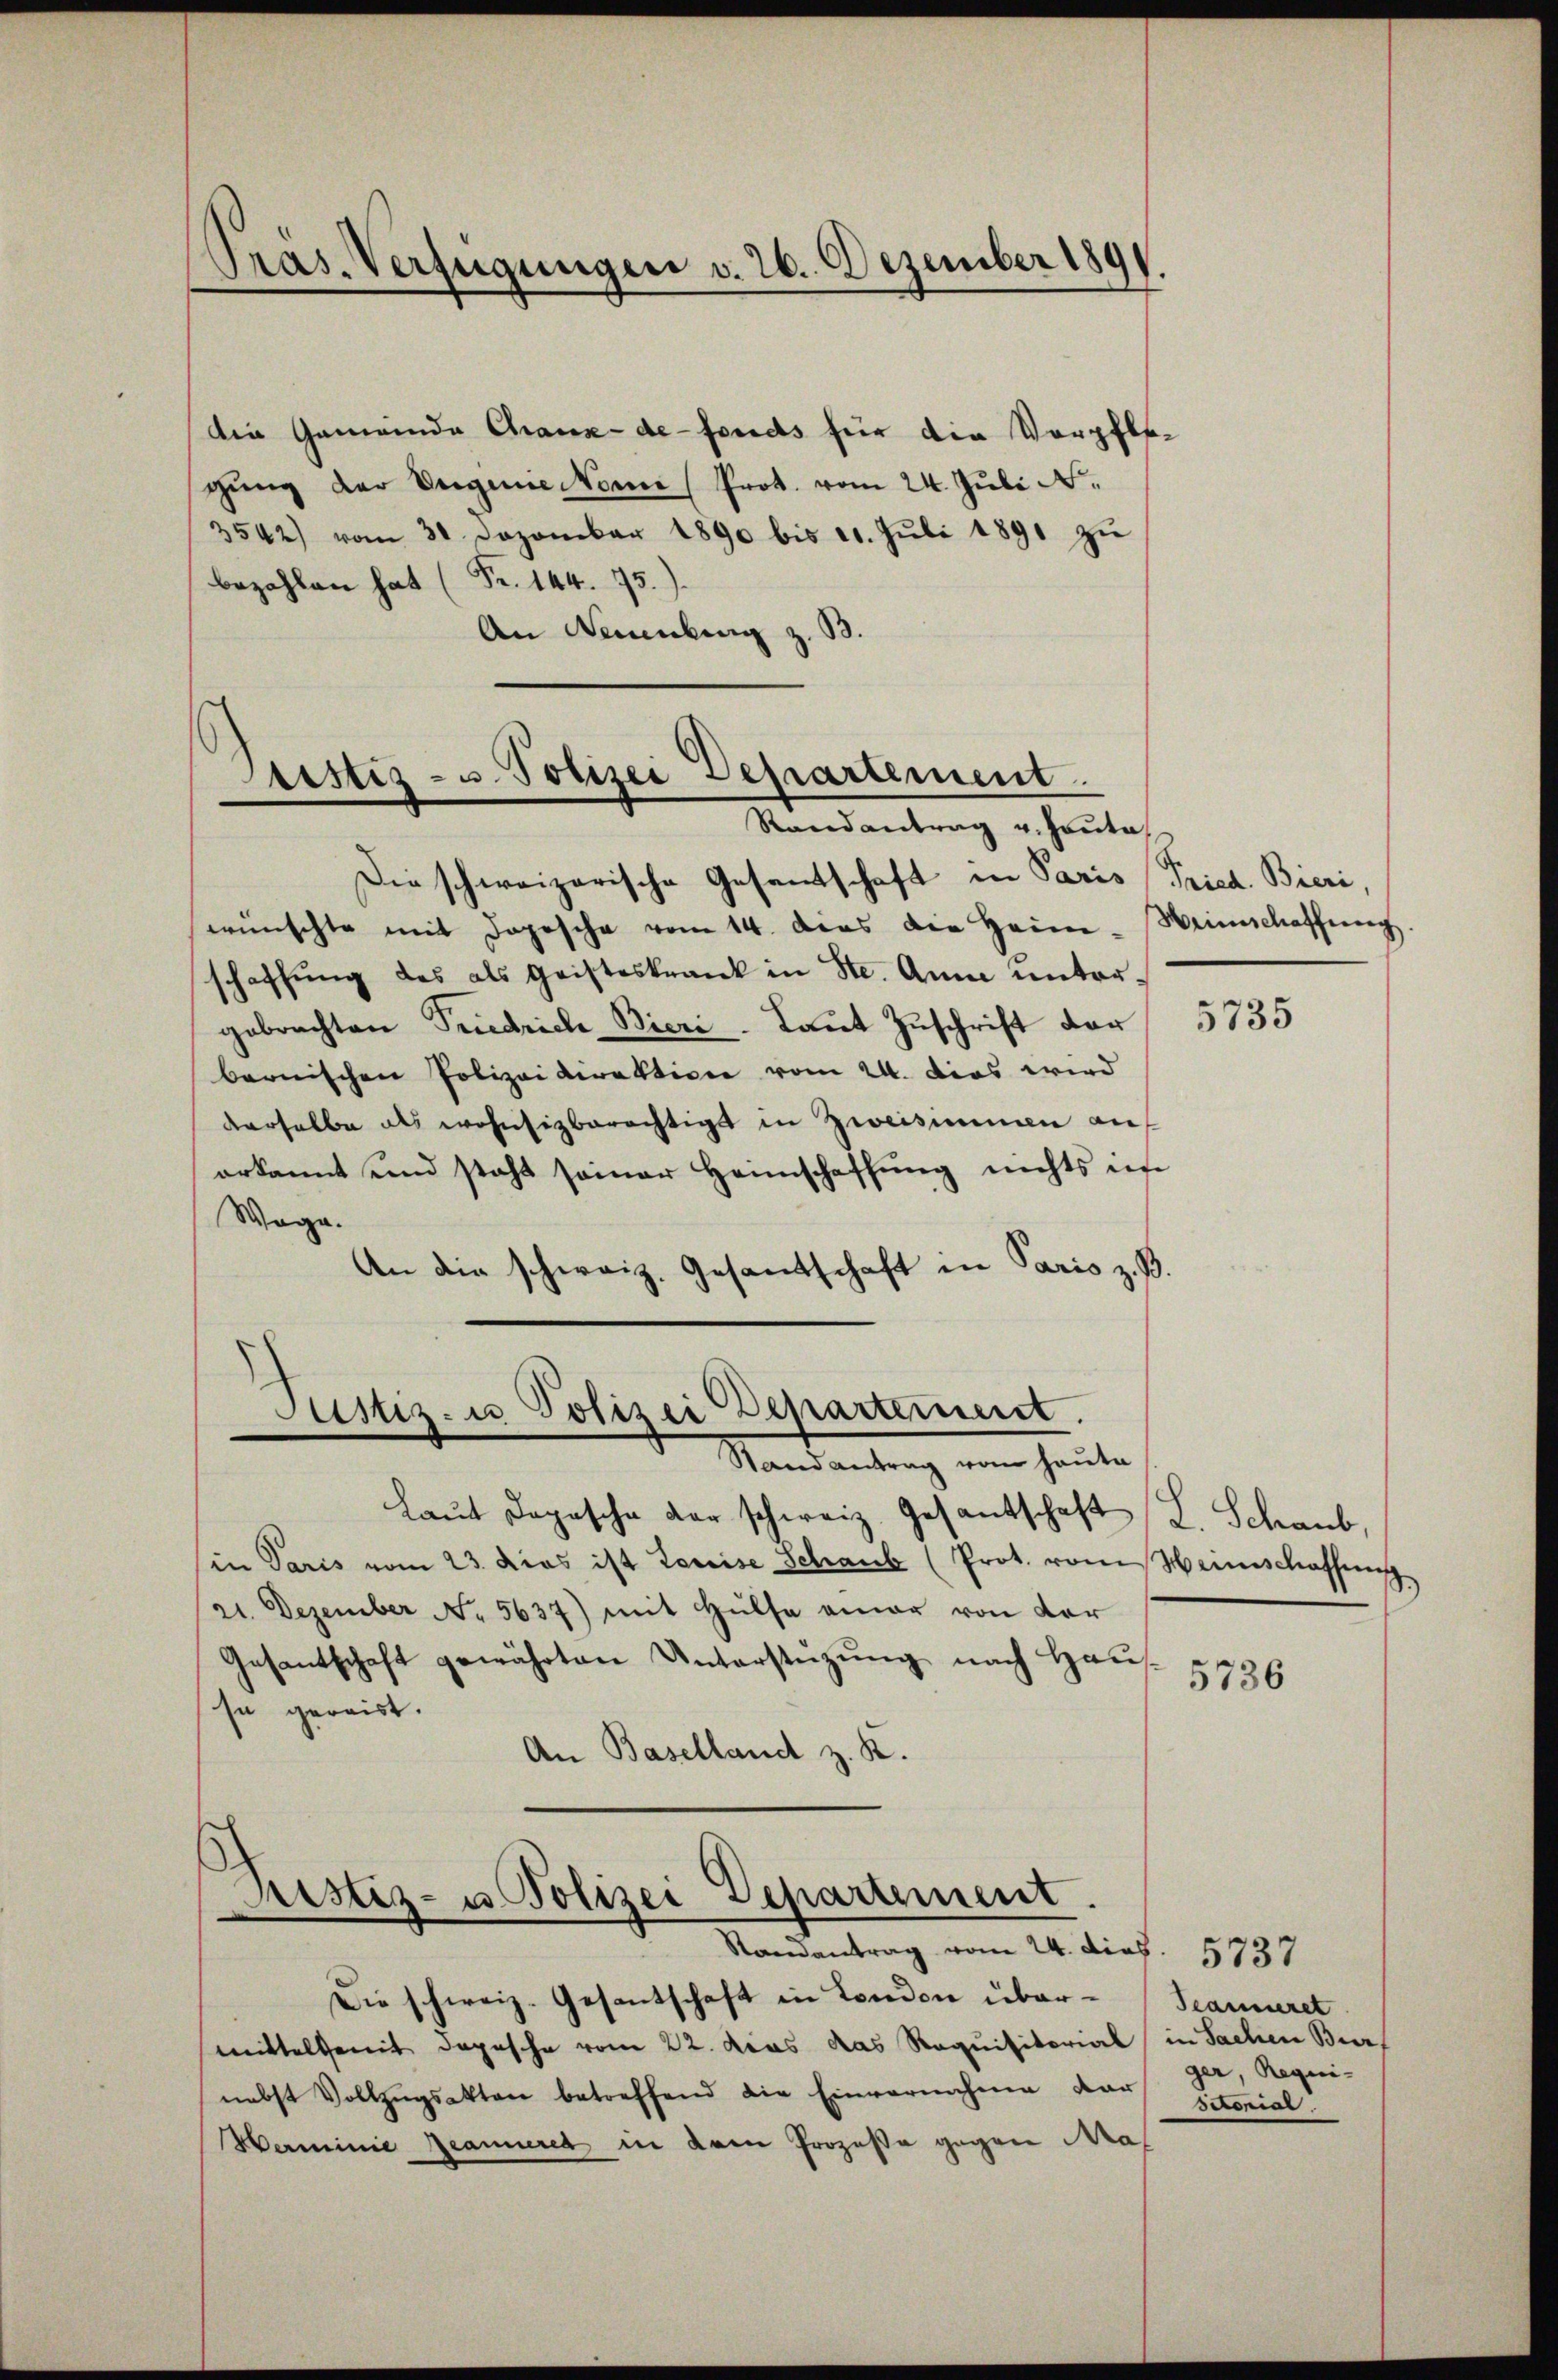
s
Pras. Verfügungen v. 26. Dezember 1891.

die Gemeinde Chaux-de-Fonds für die Vorpflegŭng der Ungene Sonne (Prot. vom 24. Juli N.
3542) vom 31. Dezember 1890 bis 21. Jŭli 1891 zŭ
bezahlen hat (Fr. 144. 75.
An Neuenburg z. B.

Cristiz- u Polizei Departement
Randantrag u. Heute

Die schweizerische Gesandtschaft in Paris Fried. Bieri,
wünschte mit dopesche vom 14. das die Heim- Weinschaffung
schaffung des als Geisteskrank in Ste. Anna untergebrachten Friedriche Bieri Laut Zuschrift der
bernischen Polizeidirektione vom 24. Dies wird
derselbe als wohnsizbarächtigt in Zweisimmen auf
erkannt und steht seiner Heimschaffung nichts in
Maga.
An die schweiz. Gesandtschaft in Paris z. B.
Justiz- u Polizei Departement.
Stand antrag vom heute
Laŭt Depesche der schweiz. Gesantschaft L. Schaub
in Paris vom 23. dies ist Louise Schank (Prot. vom Weinschaffung
21. Dezember No. 5637) mit Hülfe einer von der
Gesantschaft gewährten Unterstützŭng nach Haus-
sa gereist.
An Baselland z. K.

Rustiz- u. Polizei Departement
Randantrag vom 24. Dies. 5734

Die schweiz. Gesantschaft in London über-Scarnieret
mittels mit Depesche vom 22. das das Requisitorial in Sachen Bur
nebst Vollzŭgsakten betreffend die Einvernahme dar
Herminie Jeanneret in dem Prozeße gegen Mas

5735

5736

ger, Requi-
sconial